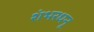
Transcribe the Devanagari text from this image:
शंभरधनू